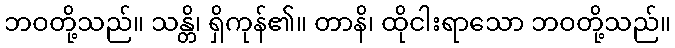
ဘဝတို့သည်။ သန္တိ၊ ရှိကုန်၏။ တာနိ၊ ထိုငါးရာသော ဘဝတို့သည်။